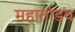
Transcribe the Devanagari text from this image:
महातांडव